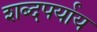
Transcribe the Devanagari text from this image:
शब्दपर्याय